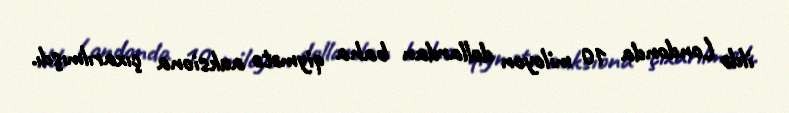
ildə Londonda 10 miloyon dollardan baha qiymətə auksiona çıxarılmışdı.